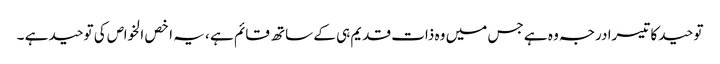
توحید کا تیسرا درجہ وہ ہے جس میں وہ ذات قدیم ہی کے ساتھ قائم ہے ، یہ اخص الخواص کی توحید ہے ۔